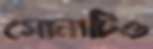
সোনাটিও